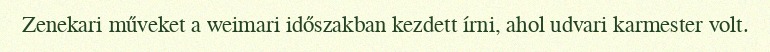
Zenekari műveket a weimari időszakban kezdett írni, ahol udvari karmester volt.